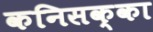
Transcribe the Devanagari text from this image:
कनिसक्का